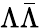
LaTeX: \Lambda\bar{\Lambda}